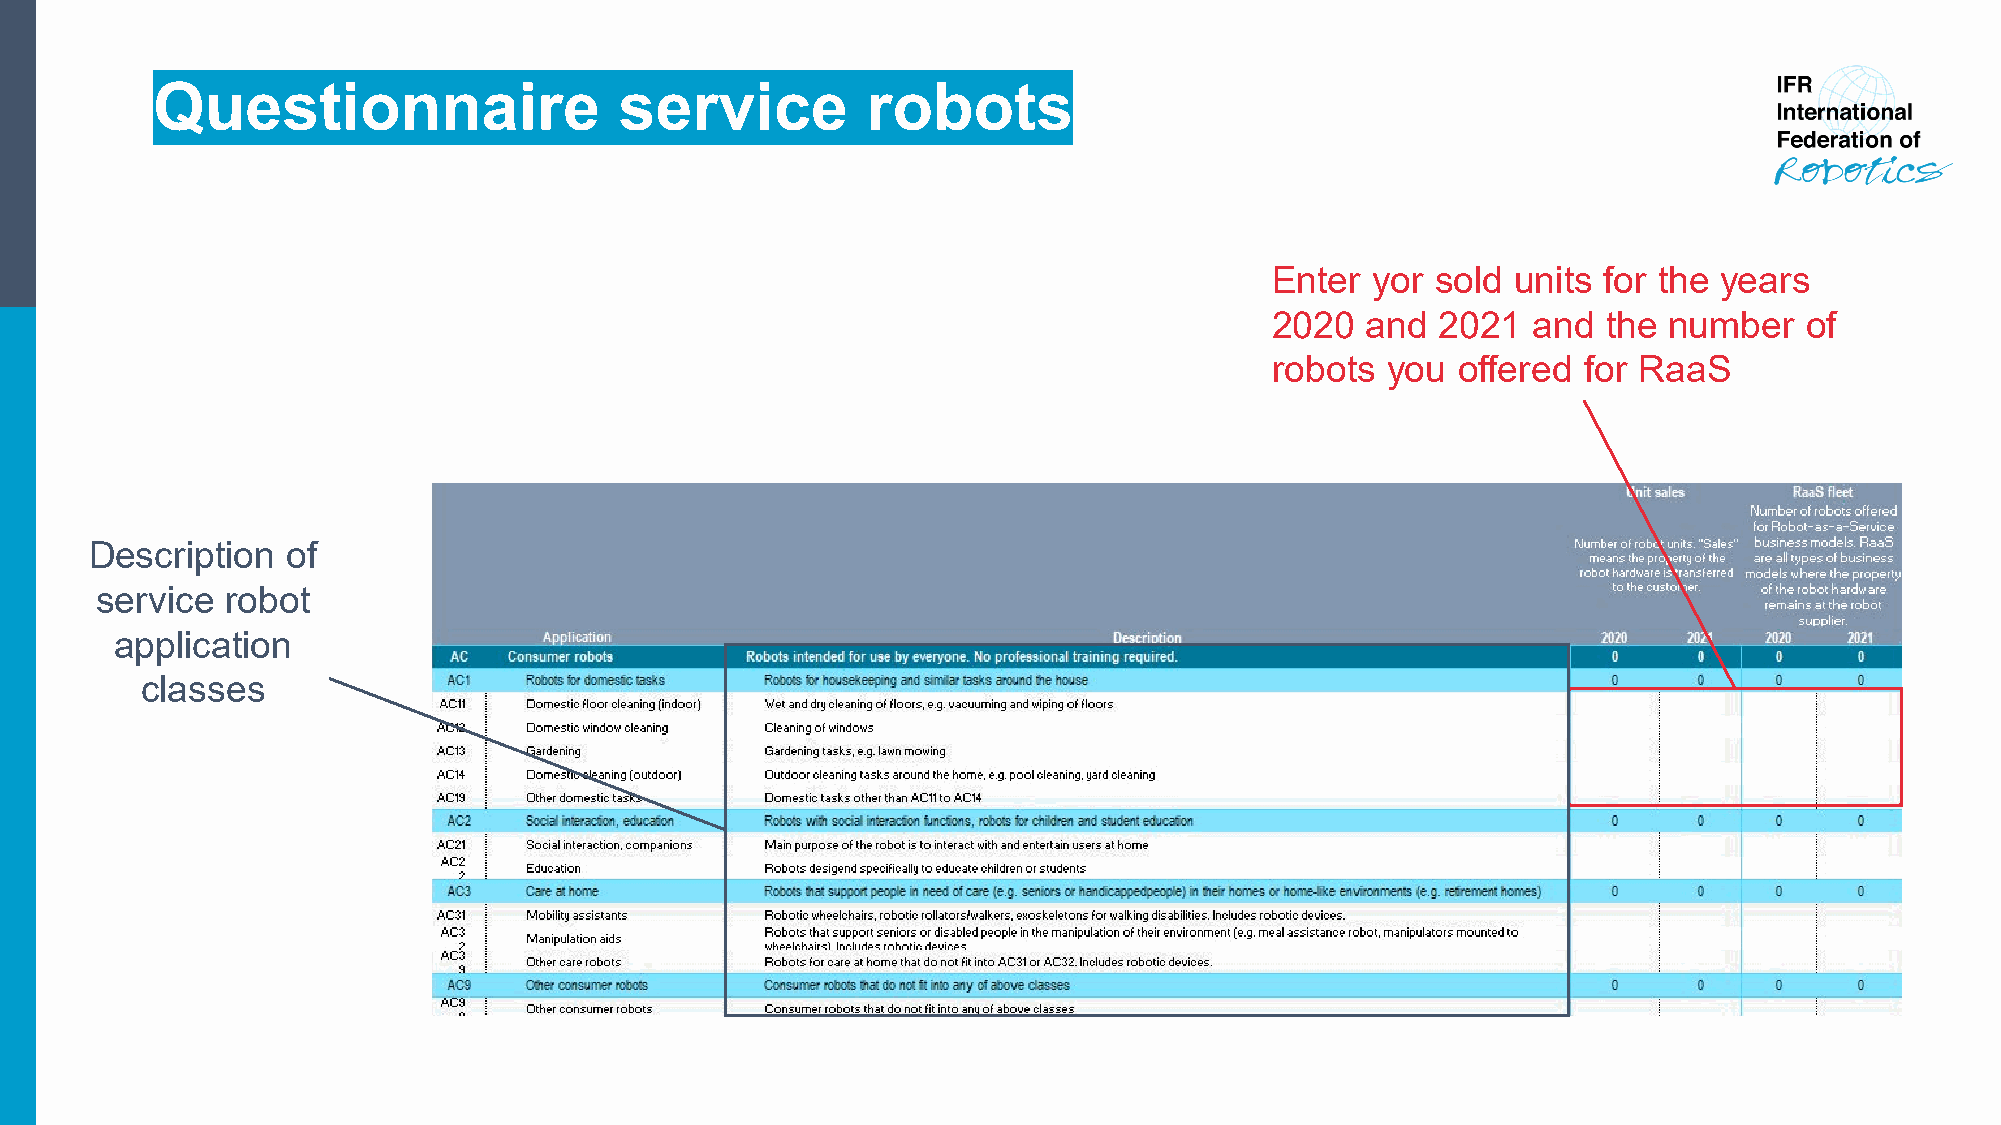
Questionnaire                  service         robots
 Enter  yor sold units for the years
 2020  and  2021  and  the number   of
 robots  you offered  for RaaS
 Description  of
 service  robot
 application
 classes